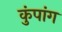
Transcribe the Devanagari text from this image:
कुंपांग